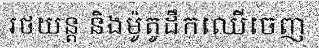
រថយន្ត និងម៉ូតូដឹកឈើចេញ